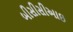
બીસીસીઆઇ